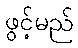
ဖွင့်မည်